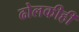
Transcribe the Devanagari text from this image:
ढोलकीही